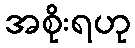
အစိုးရဟု